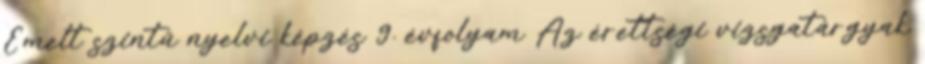
Emelt szintű nyelvi képzés 9. évfolyam Az érettségi vizsgatárgyak